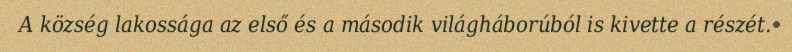
A község lakossága az első és a második világháborúból is kivette a részét.